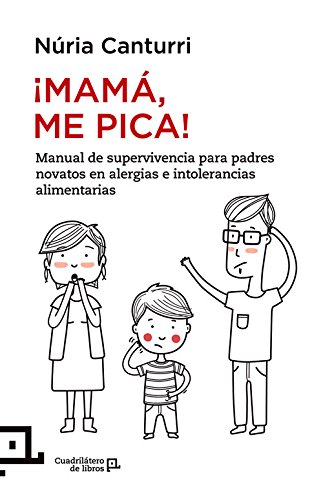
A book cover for Â¡MamÃ¡, me pica!: Manual de supervivencia para padres novatos en alergias e intolerancias alimentarias (CuadrilÃ¡tero de libros) (Spanish Edition); NÃºria Canturri; Health, Fitness & Dieting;